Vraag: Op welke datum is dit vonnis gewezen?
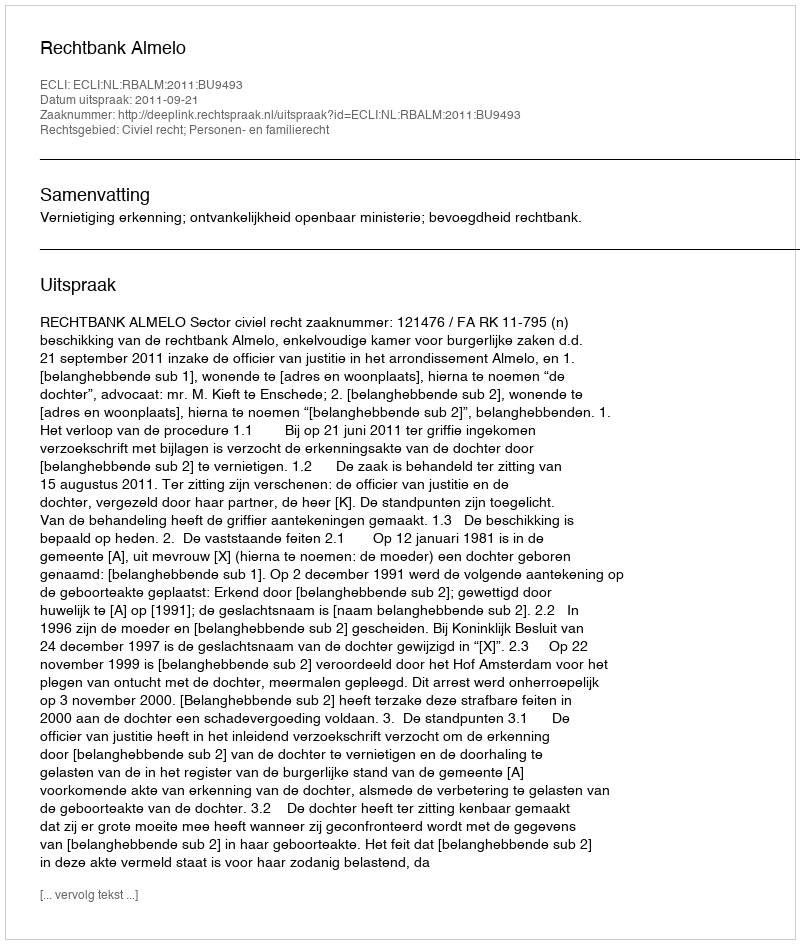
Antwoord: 2011-09-21